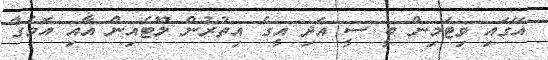
އޭގައި ވިޓަމިން ބީ ސީ އަދި އީގެ އިތުރުން ލޫޓެއިން އާއި އޮމެގާ